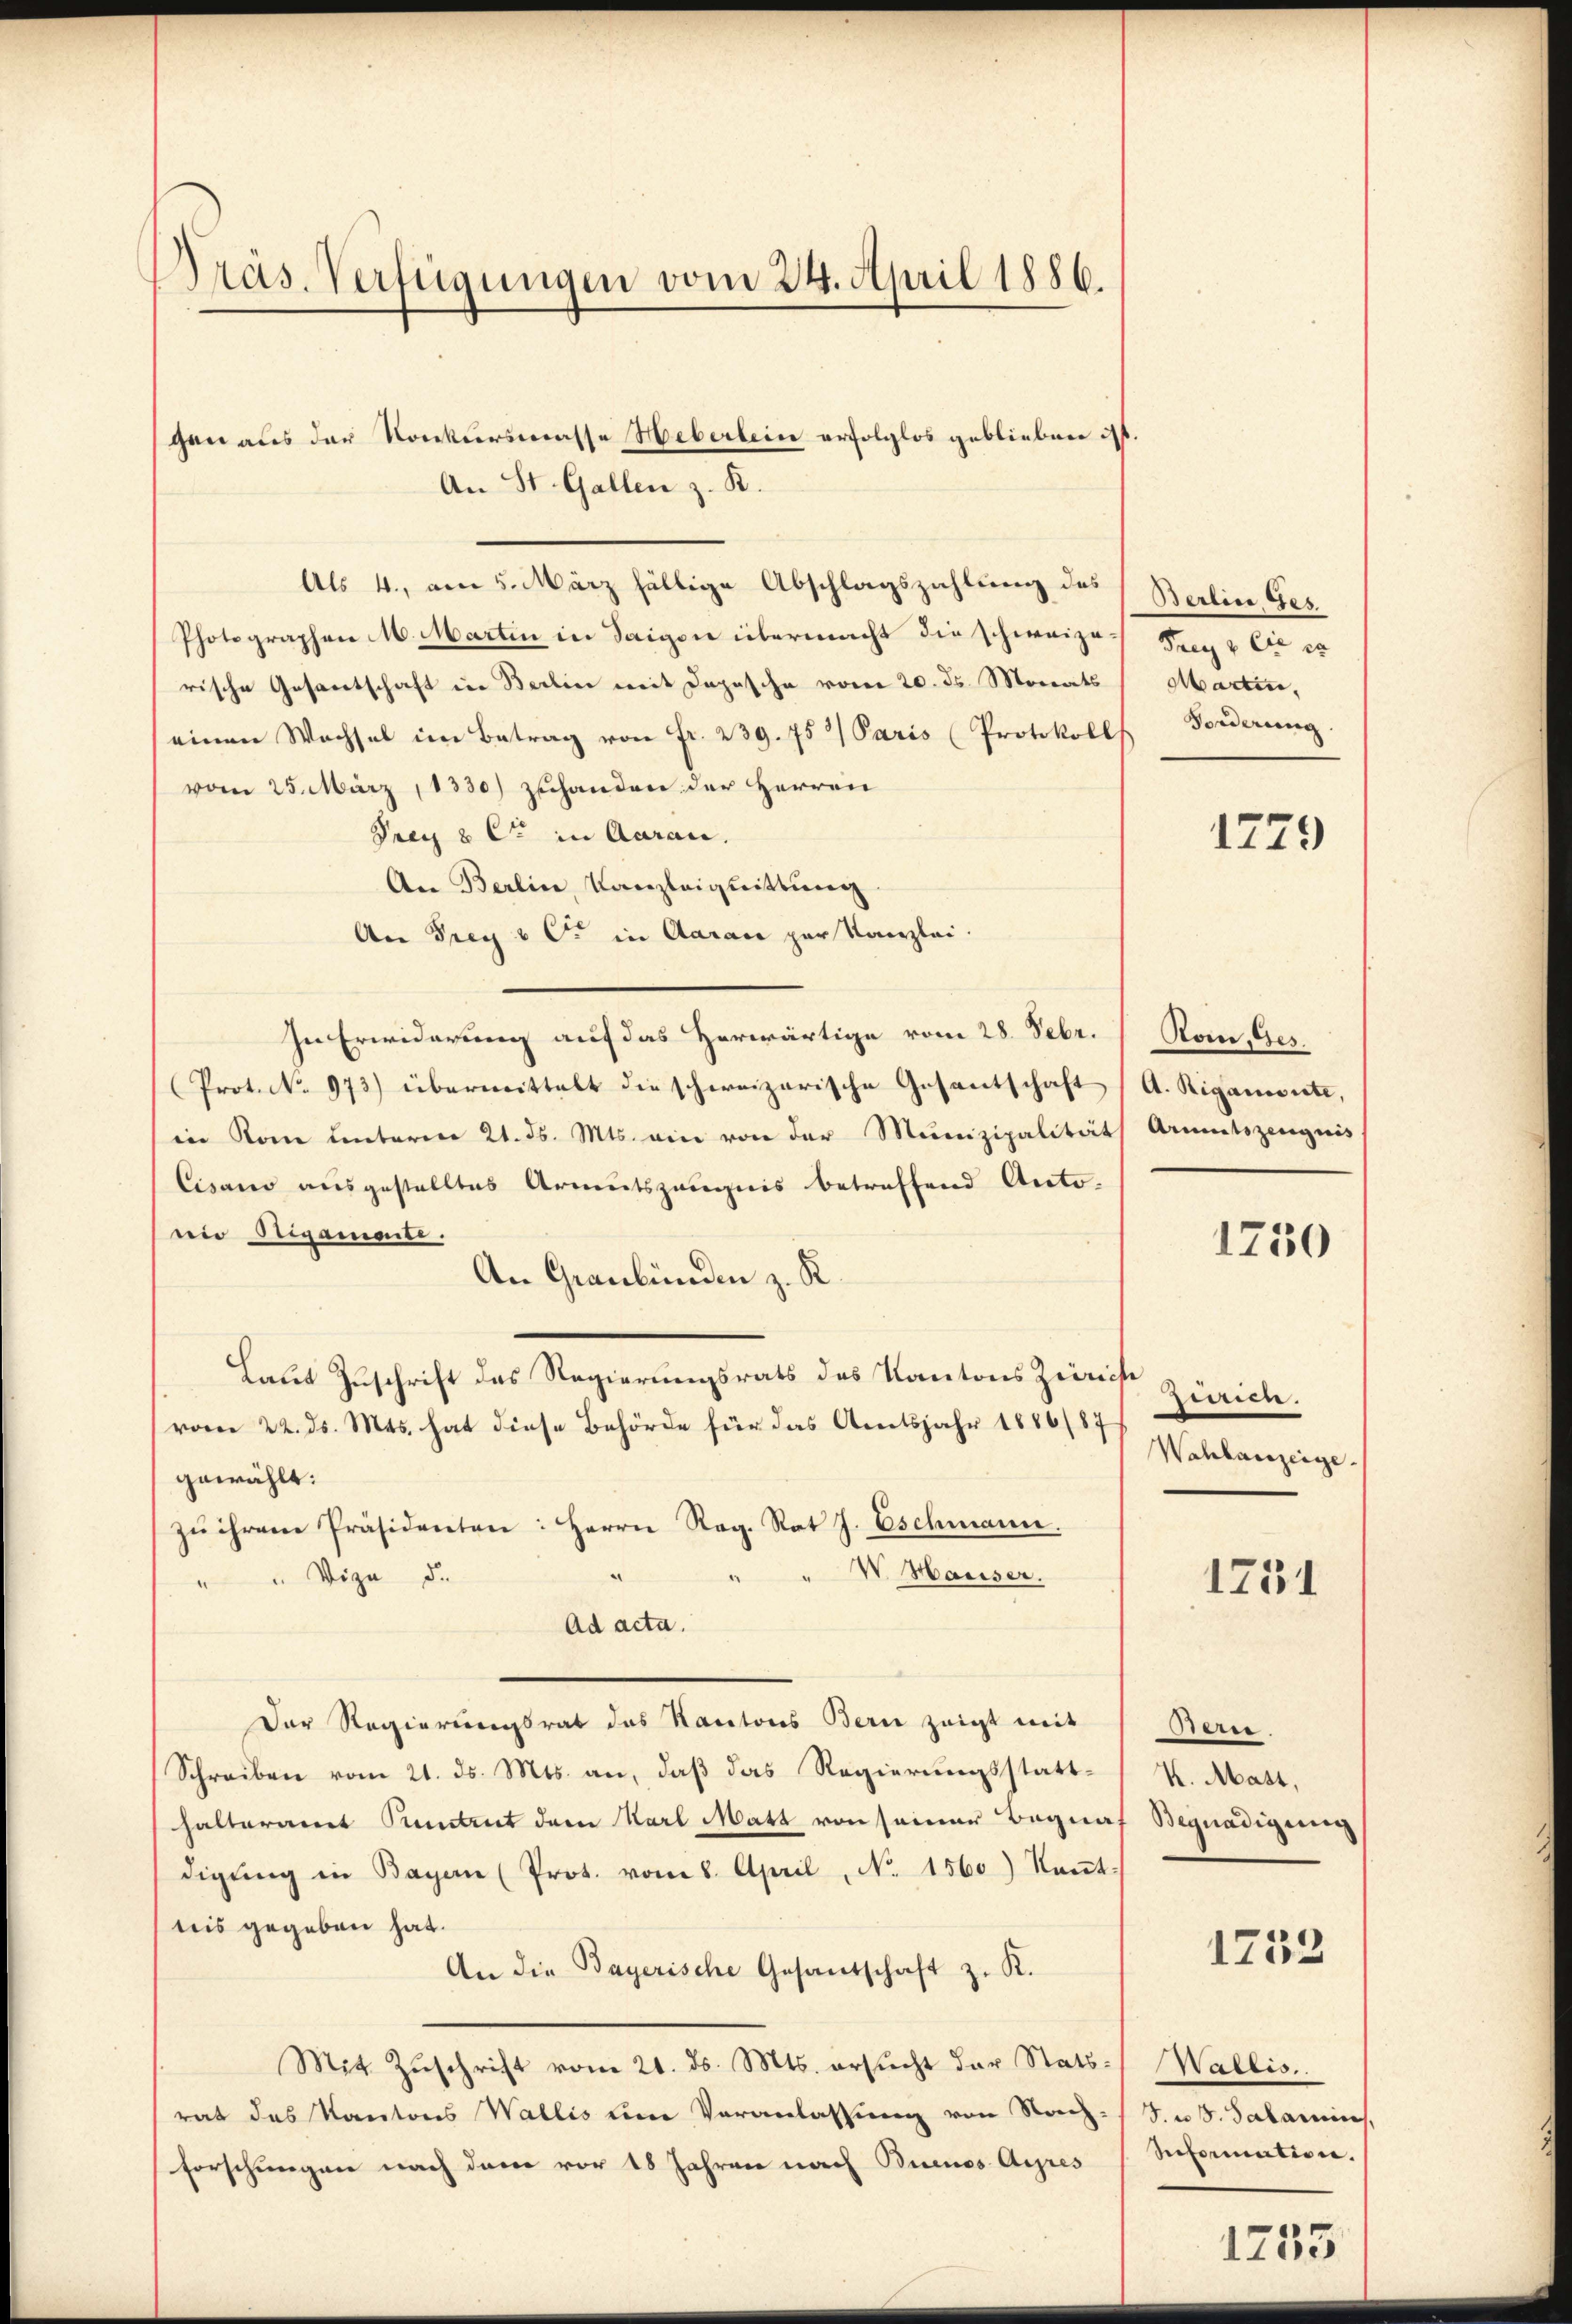
Präs. Verfügungen vom 24. April 1886.

gen aus der Konkursmasse Heberlein erfolglos geblieben ist.
An St. Gallen z. B.
Als 4., am 5. März fällige Abschlagszahlung des Berlin, Ges.
Photographen M. Martin in Saigen übermacht die schweize Frey & Cie es
rische Gesantschaft in Berlin mit Depesche vom 20. ds. Monats
einen Wachsel im Betrag von Fr. 239. 752 Paris (Protokoll
vom 25. März, 1330) zuhanden der Herren
Prex 8 C in Aarau.
An Berlin, Kanzleignittung
An Frey C in Aarau zur Kanzlei.
In Erwiderung auf das Herwärtige vom 28. Febr.
Prot. No. 973) übermittelt die schweizerische Gesantschaft, A. Riganisite,
in Rom unterm 21. ds. Mts. ein von der Munizipalitäts Armutszeugnis
Cisano ausgestelltes Armutszeugnis betreffend Antonie Stegamente.
An Graubünden z. R.
Laut Zuschrift des Regierungsrats des Kantons Zürich
(vom 22. ds. Mts. hat diese Behörde für das Amtsjahr 1886/87
gewählt:
zŭ ihrem Präsidenten: Herrn Reg. Rat J. Eschmann.
" W. Hauser.
"" Vize de
Ad acta.
Der Regierungsrat des Kantons Bern zeigt mit
Schreiben vom 21. ds. Mts. an, daß das Regierungsstatthalteramt Pundtrut dem Karl Matt von seiner Begnaf Begnadigung
digŭng in Bayern (Prot. vom 8. April, No. 1560) Kant-
tiis gegeben hat.
An die Bayerische Gesandschaft z. K.
Mit Zŭschrift vom 21. ds. Mts. ersucht der Stats- Wallis.
rat das Kantons Wallis um Veranlassung von Nach-/J. u. s. Salamins,
Forschungen nach dem vor 18 Jahren nach Buenos Ayres (Reformation.

Martin,
Forderung

1279

Roin, Ges.

1750

inten.
Wahlanzeige.

1754

Bern
K. Mast,
1753

1253